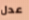
عدل